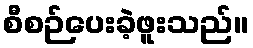
စီစဉ်ပေးခဲ့ဖူးသည်။